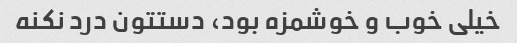
خیلی خوب و خوشمزه بود، دستتون درد نکنه